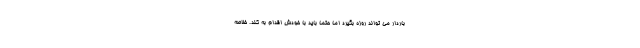
باردار می تواند روزه بگیرد اما حتما باید با خودش اقدام به کند. خلاصه